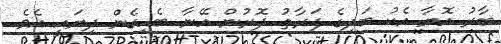
ބާރު އޮޔާ އެކު ބަދިގެ ފަރާތު ދޮރުން އޭނާ ބެހިގެން ދިޔައީ އެވެ.